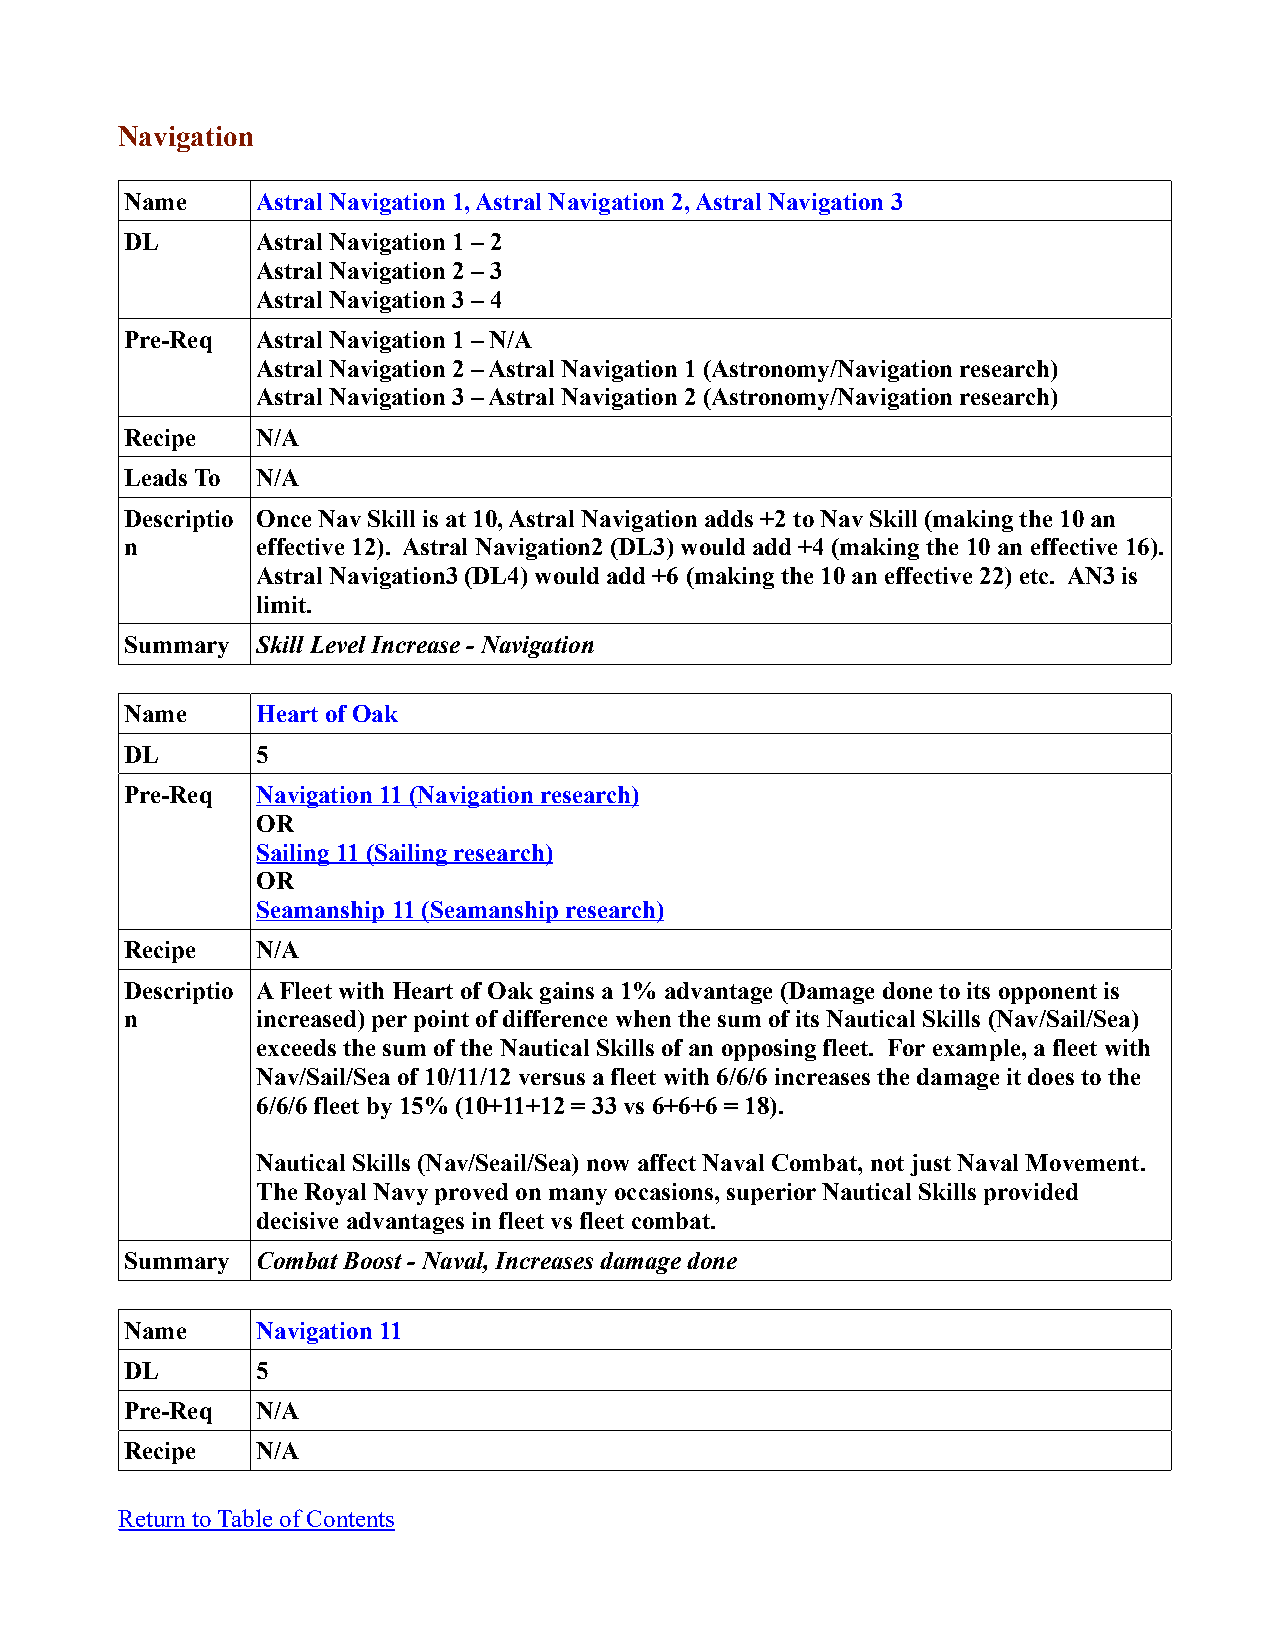
Navigation
 Name     Astral Navigation 1, Astral Navigation 2, Astral Navigation 3
 DL       Astral Navigation 1 – 2
 Astral Navigation 2 – 3
 Astral Navigation 3 – 4
 Pre-Req  Astral Navigation 1 – N/A
 Astral Navigation 2 – Astral Navigation 1 (Astronomy/Navigation research)
 Astral Navigation 3 – Astral Navigation 2 (Astronomy/Navigation research)
 Recipe   N/A
 Leads To N/A
 Descriptio Once Nav Skill is at 10, Astral Navigation adds +2 to Nav Skill (making the 10 an
 n        effective 12). Astral Navigation2 (DL3) would add +4 (making the 10 an effective 16).
 Astral Navigation3 (DL4) would add +6 (making the 10 an effective 22) etc. AN3 is
 limit.
 Summary  Skill Level Increase - Navigation
 Name     Heart of Oak
 DL       5
 Pre-Req  Navigation 11 (Navigation research)
 OR
 Sailing 11 (Sailing research)
 OR
 Seamanship 11 (Seamanship research)
 Recipe   N/A
 Descriptio A Fleet with Heart of Oak gains a 1% advantage (Damage done to its opponent is
 n        increased) per point of difference when the sum of its Nautical Skills (Nav/Sail/Sea)
 exceeds the sum of the Nautical Skills of an opposing fleet. For example, a fleet with
 Nav/Sail/Sea of 10/11/12 versus a fleet with 6/6/6 increases the damage it does to the
 6/6/6 fleet by 15% (10+11+12 = 33 vs 6+6+6 = 18).
 Nautical Skills (Nav/Seail/Sea) now affect Naval Combat, not just Naval Movement.
 The Royal Navy proved on many occasions, superior Nautical Skills provided
 decisive advantages in fleet vs fleet combat.
 Summary  Combat Boost - Naval, Increases damage done
 Name     Navigation 11
 DL       5
 Pre-Req  N/A
 Recipe   N/A
 Return to Table of Contents